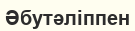
Әбутәліппен